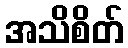
အသိစိတ်